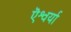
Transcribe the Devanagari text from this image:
ऎश्वर्या